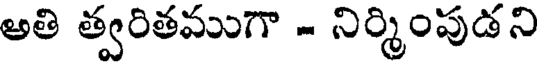
అతి త్వరితముగా - నిర్మింపుడని